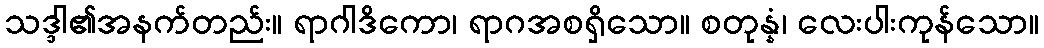
သဒ္ဒါ၏အနက်တည်း။ ရာဂါဒိကော၊ ရာဂအစရှိသော။ စတုန္နံ၊ လေးပါးကုန်သော။